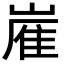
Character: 嵟